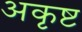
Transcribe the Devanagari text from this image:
अकृष्ट